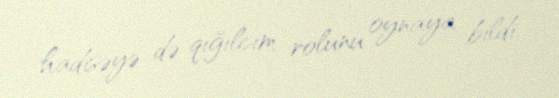
hadisəyə də qığılcım rolunu oynaya bildi.